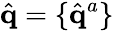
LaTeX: \hat{\mathbf{q}}=\{ \hat{\mathbf{q}}^{a}\}